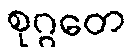
စုဂ္ဂတေ